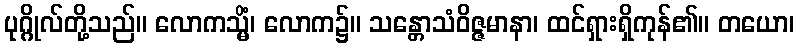
ပုဂ္ဂိုလ်တို့သည်။ လောကသ္မိံ၊ လောက၌။ သန္တောသံဝိဇ္ဇမာနာ၊ ထင်ရှားရှိကုန်၏။ တယော၊